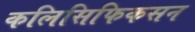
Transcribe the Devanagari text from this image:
कलिसिफिकसन